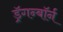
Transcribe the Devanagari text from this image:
ड्रॅगन्बॉर्न